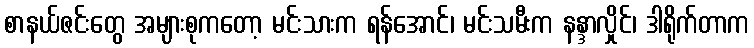
စာနယ်ဇင်းတွေ အများစုကတော့ မင်းသားက ရန်အောင်၊ မင်းသမီးက နန္ဒာလှိုင်၊ ဒါရိုက်တာက